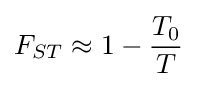
F_{ST}\approx 1-{\frac {T_{0}}{T}}